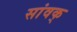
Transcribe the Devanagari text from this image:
सांवक्